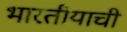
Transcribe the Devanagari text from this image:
भारतीयाची